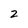
Character: 2